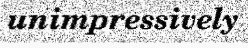
unimpressively